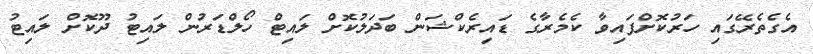
އެގެތެރޭގައި ހަރުކޮށްފައިވާ ކެމެރާގެ ޑައިރެކްޝަން ބަދަލުކޮށް ލައިޓް ހޯލްޑަރުން ލައިޓު ދޫކޮށް ލައިޓު